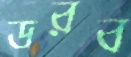
ডরব